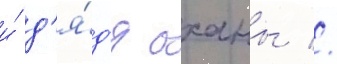
и́ д'я́д'я оханы //